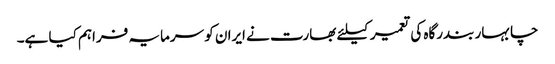
چابہار بندرگاہ کی تعمیر کیلئے بھارت نے ایران کو سرمایہ فراہم کیا ہے۔